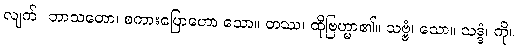
လျက်။ ဘာသတော၊ စကားပြောဟော သော။ တဿ၊ ထိုဗြဟ္မာ၏။ သဗ္ဗံ၊ သော။ သဒ္ဒံ၊ ကို။